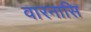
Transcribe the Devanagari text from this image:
वारनासि